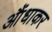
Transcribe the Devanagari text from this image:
आैंधाकर